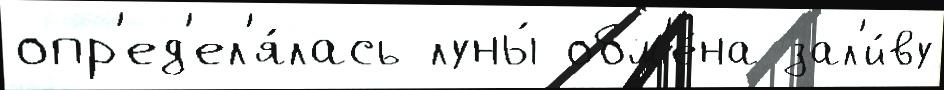
опр'ед'ел'я́лась луны́ обм'е́на зал'и́ву